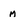
Character: M